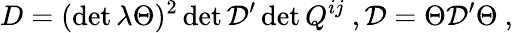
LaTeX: D=(\operatorname*{det}\lambda\Theta)^{2}\operatorname*{det}\mathcal{D}^{\prime}\operatorname*{det}Q^{ij}\ ,\mathcal{D}=\Theta\mathcal{D}^{\prime}\Theta\ ,